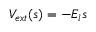
V _ { e x t } ( s ) = - E _ { l } s